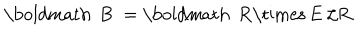
\mathrm { \boldmath ~ B ~ } = \mathrm { \boldmath ~ R \times ~ E ~ } / R .